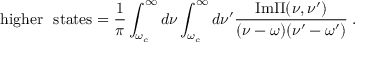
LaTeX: \mathrm { h i g h e r ~ ~ s t a t e s } = \frac { 1 } { \pi } \int _ { \omega _ { c } } ^ { \infty } d \nu \int _ { \omega _ { c } } ^ { \infty } d \nu ^ { \prime } \frac { \mathrm { I m } \Pi ( \nu , \nu ^ { \prime } ) } { ( \nu - \omega ) ( \nu ^ { \prime } - \omega ^ { \prime } ) } \; .